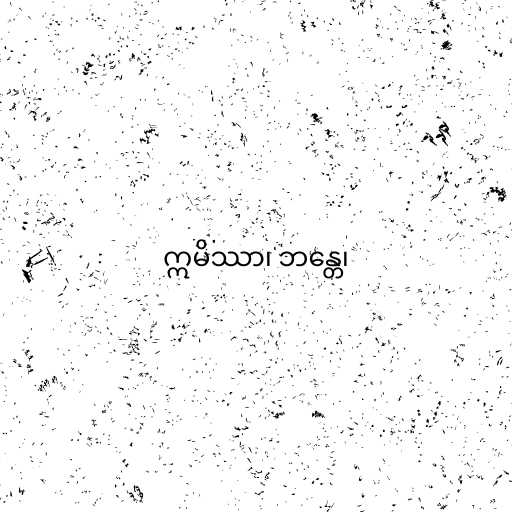
ဣမိဿာ၊ ဘန္တေ၊